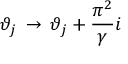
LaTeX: \vartheta _ { j } \, \rightarrow \, \vartheta _ { j } + \displaystyle \frac { \pi ^ { 2 } } { \gamma } i